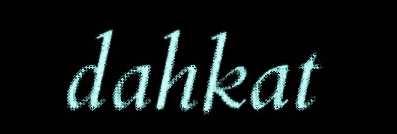
dahkat